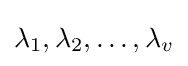
\lambda _{1},\lambda _{2},\dots ,\lambda _{v}